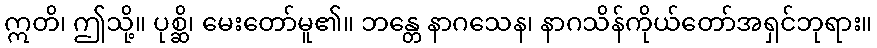
ဣတိ၊ ဤသို့။ ပုစ္ဆိ၊ မေးတော်မူ၏။ ဘန္တေ နာဂသေန၊ နာဂသိန်ကိုယ်တော်အရှင်ဘုရား။